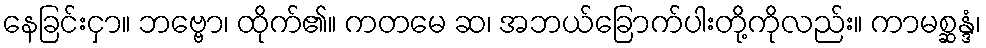
နေခြင်းငှာ။ ဘဗ္ဗော၊ ထိုက်၏။ ကတမေ ဆ၊ အဘယ်ခြောက်ပါးတို့ကိုလည်း။ ကာမစ္ဆန္ဒံ၊